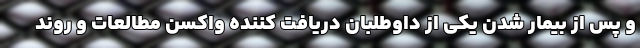
و پس از بیمار شدن یکی از داوطلبان دریافت کننده واکسن مطالعات و روند